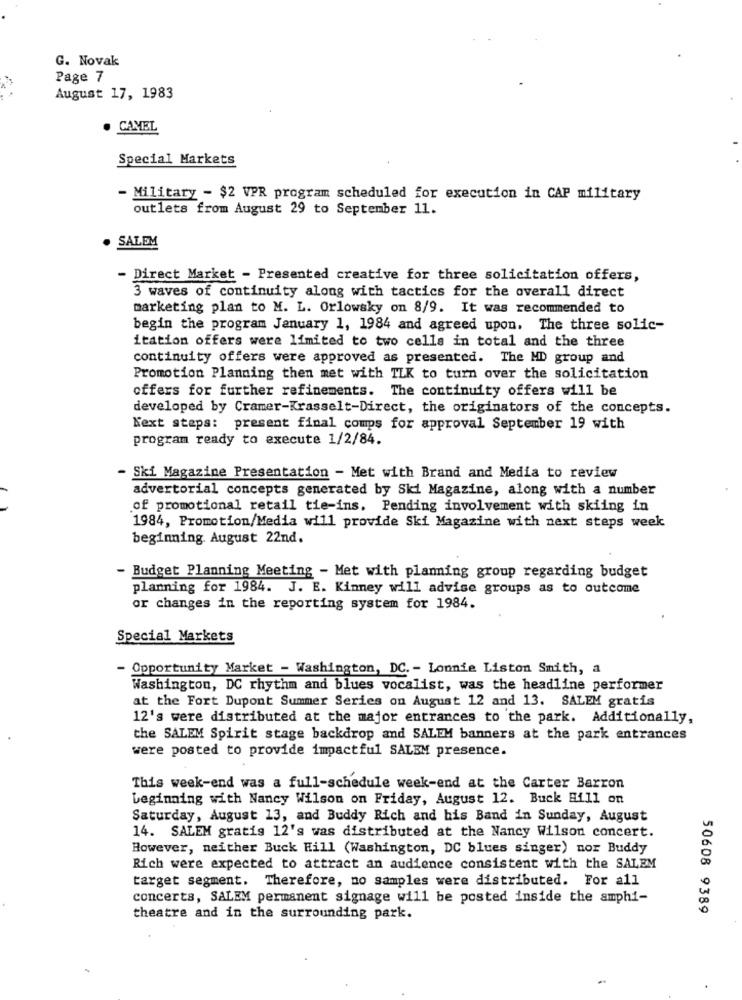
G. Novak
Page 7
August 17, 1983
CAMEL
Special Markets
- Military - $2 VPR program scheduled for execution in CAP military
outlets from August 29 to September 11.
SALEM
- Direct Market - Presented creative for three solicitation offers,
3 waves of continuity along with tactics for the overall direct
marketing plan to M. L. Orlowsky on 8/9. It was recommended to
begin the program January 1, 1984 and agreed upon. The three solic-
itation offers were limited to two cells in total and the three
continuity offers were approved as presented. The MD group and
Promotion Planning then met with TLK to turn over the solicitation
offers for further refinements. The continuity offers will be
developed by Cramer-Krasselt-Direct, the originators of the concepts.
Next steps: present final comps for approval September 19 with
program ready to execute 1/2/84.
- Ski Magazine Presentation - Met with Brand and Media to review
advertorial concepts generated by Ski Magazine, along with a number
of promotional retail tie-ins. Pending involvement with skiing in
1984, Promotion/Media will provide Ski Magazine with next steps week
beginning. August 22nd.
- Budget Planning Meeting - Met with planning group regarding budget
planning for 1984. J. E. Kinney will advise groups as to outcome
or changes in the reporting system for 1984.
Special Markets
- Opportunity Market - Washington, DC. - Lonnie Liston Smith, a
Washington, DC rhythm and blues vocalist, was the headline performer
at the Fort Dupont Summer Series on August 12 and 13. SALEM gratis
12's were distributed at the major entrances to the park. Additionally,
the SALEM Spirit stage backdrop and SALEM banners at the park entrances
were posted to provide impactful SALEM presence.
This week-end was a full-schedule week-end at the Carter Barron
beginning with Nancy Wilson on Friday, August 12. Buck Bill on
Saturday, August 13, and Buddy Rich and his Band in Sunday, August
14. SALEM gratis 12's was distributed at the Nancy Wilson concert.
However, neither Buck Hill (Washington, DC blues singer) nor Buddy
Rich were expected to attract an audience consistent with the SALEM
target segment. Therefore, no samples were distributed. For all
concerts, SALEM permanent signage will be posted inside the amphi-
50608 9389
theatre and in the surrounding park.